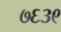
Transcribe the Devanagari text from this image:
७६३९